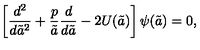
\left[ { \frac { d ^ { 2 } } { d { \tilde { a } } ^ { 2 } } } + { \frac { p } { \tilde { a } } } { \frac { d } { d \tilde { a } } } - 2 U ( \tilde { a } ) \right] \psi ( \tilde { a } ) = 0 ,